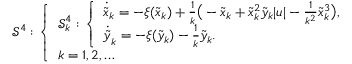
\begin{array} { r } { \ensuremath { \mathcal { S } } ^ { 4 } : \left\{ \begin{array} { l } { \ensuremath { \mathcal { S } } _ { k } ^ { 4 } : \left\{ \begin{array} { l } { \dot { \tilde { x } } _ { k } = - \xi ( \tilde { x } _ { k } ) + \frac { 1 } { k } \big ( - \tilde { x } _ { k } + \tilde { x } _ { k } ^ { 2 } \tilde { y } _ { k } | u | - \frac { 1 } { k ^ { 2 } } \tilde { x } _ { k } ^ { 3 } \big ) , } \\ { \dot { \tilde { y } } _ { k } = - \xi ( \tilde { y } _ { k } ) - \frac { 1 } { k } \tilde { y } _ { k } . } \end{array} \right. } \\ { k = 1 , 2 , \ldots } \end{array} \right. } \end{array}